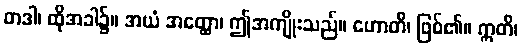
တဒါ၊ ထိုအခါ၌။ အယံ အတ္ထော၊ ဤအကျိုးသည်။ ဟောတိ၊ ဖြစ်၏။ ဣတိ၊